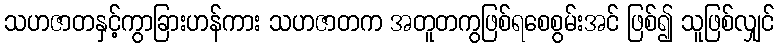
သဟဇာတနှင့်ကွာခြားဟန်ကား သဟဇာတက အတူတကွဖြစ်ရစေစွမ်းအင် ဖြစ်၍ သူဖြစ်လျှင်